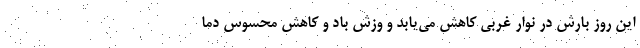
این روز بارش در نوار غربی کاهش می‌یابد و وزش باد و کاهش محسوس دما